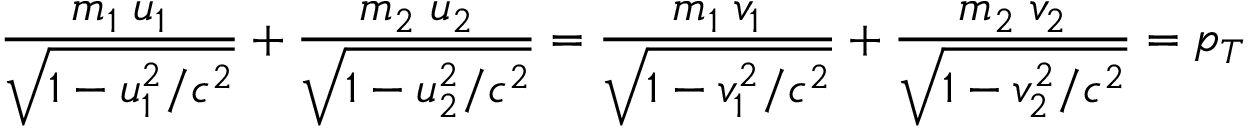
{ \frac { m _ { 1 } \; u _ { 1 } } { \sqrt { 1 - u _ { 1 } ^ { 2 } / c ^ { 2 } } } } + { \frac { m _ { 2 } \; u _ { 2 } } { \sqrt { 1 - u _ { 2 } ^ { 2 } / c ^ { 2 } } } } = { \frac { m _ { 1 } \; v _ { 1 } } { \sqrt { 1 - v _ { 1 } ^ { 2 } / c ^ { 2 } } } } + { \frac { m _ { 2 } \; v _ { 2 } } { \sqrt { 1 - v _ { 2 } ^ { 2 } / c ^ { 2 } } } } = p _ { T }